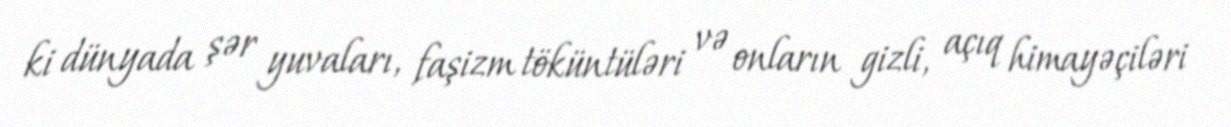
ki dünyada şər yuvaları, faşizm töküntüləri və onların gizli, açıq himayəçiləri